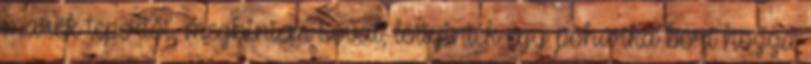
marék tepertőt, meghintem sóval, löttyintek egy pohárka bort hozzá